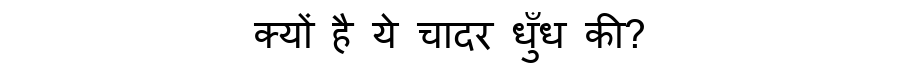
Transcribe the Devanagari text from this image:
क्यों है ये चादर धुँध की?